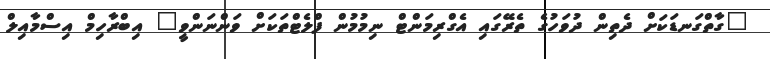
"ގާތްގަނޑަކަށް ދެތިން ދުވަހުގެ ތެރޭގައި އެގްރިމަންޓް ނިމުމުން ފްލެޓްތަކަށް ވަންނަންވީ" އިބްރާހިމް އިސްމާއިލް